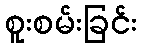
စူးစမ်းခြင်း